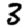
Digit: 3